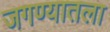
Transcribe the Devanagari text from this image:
जगण्यातला